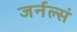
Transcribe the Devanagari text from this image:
जर्नल्सं